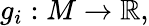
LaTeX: g_{i}:M\to\mathbb{R},